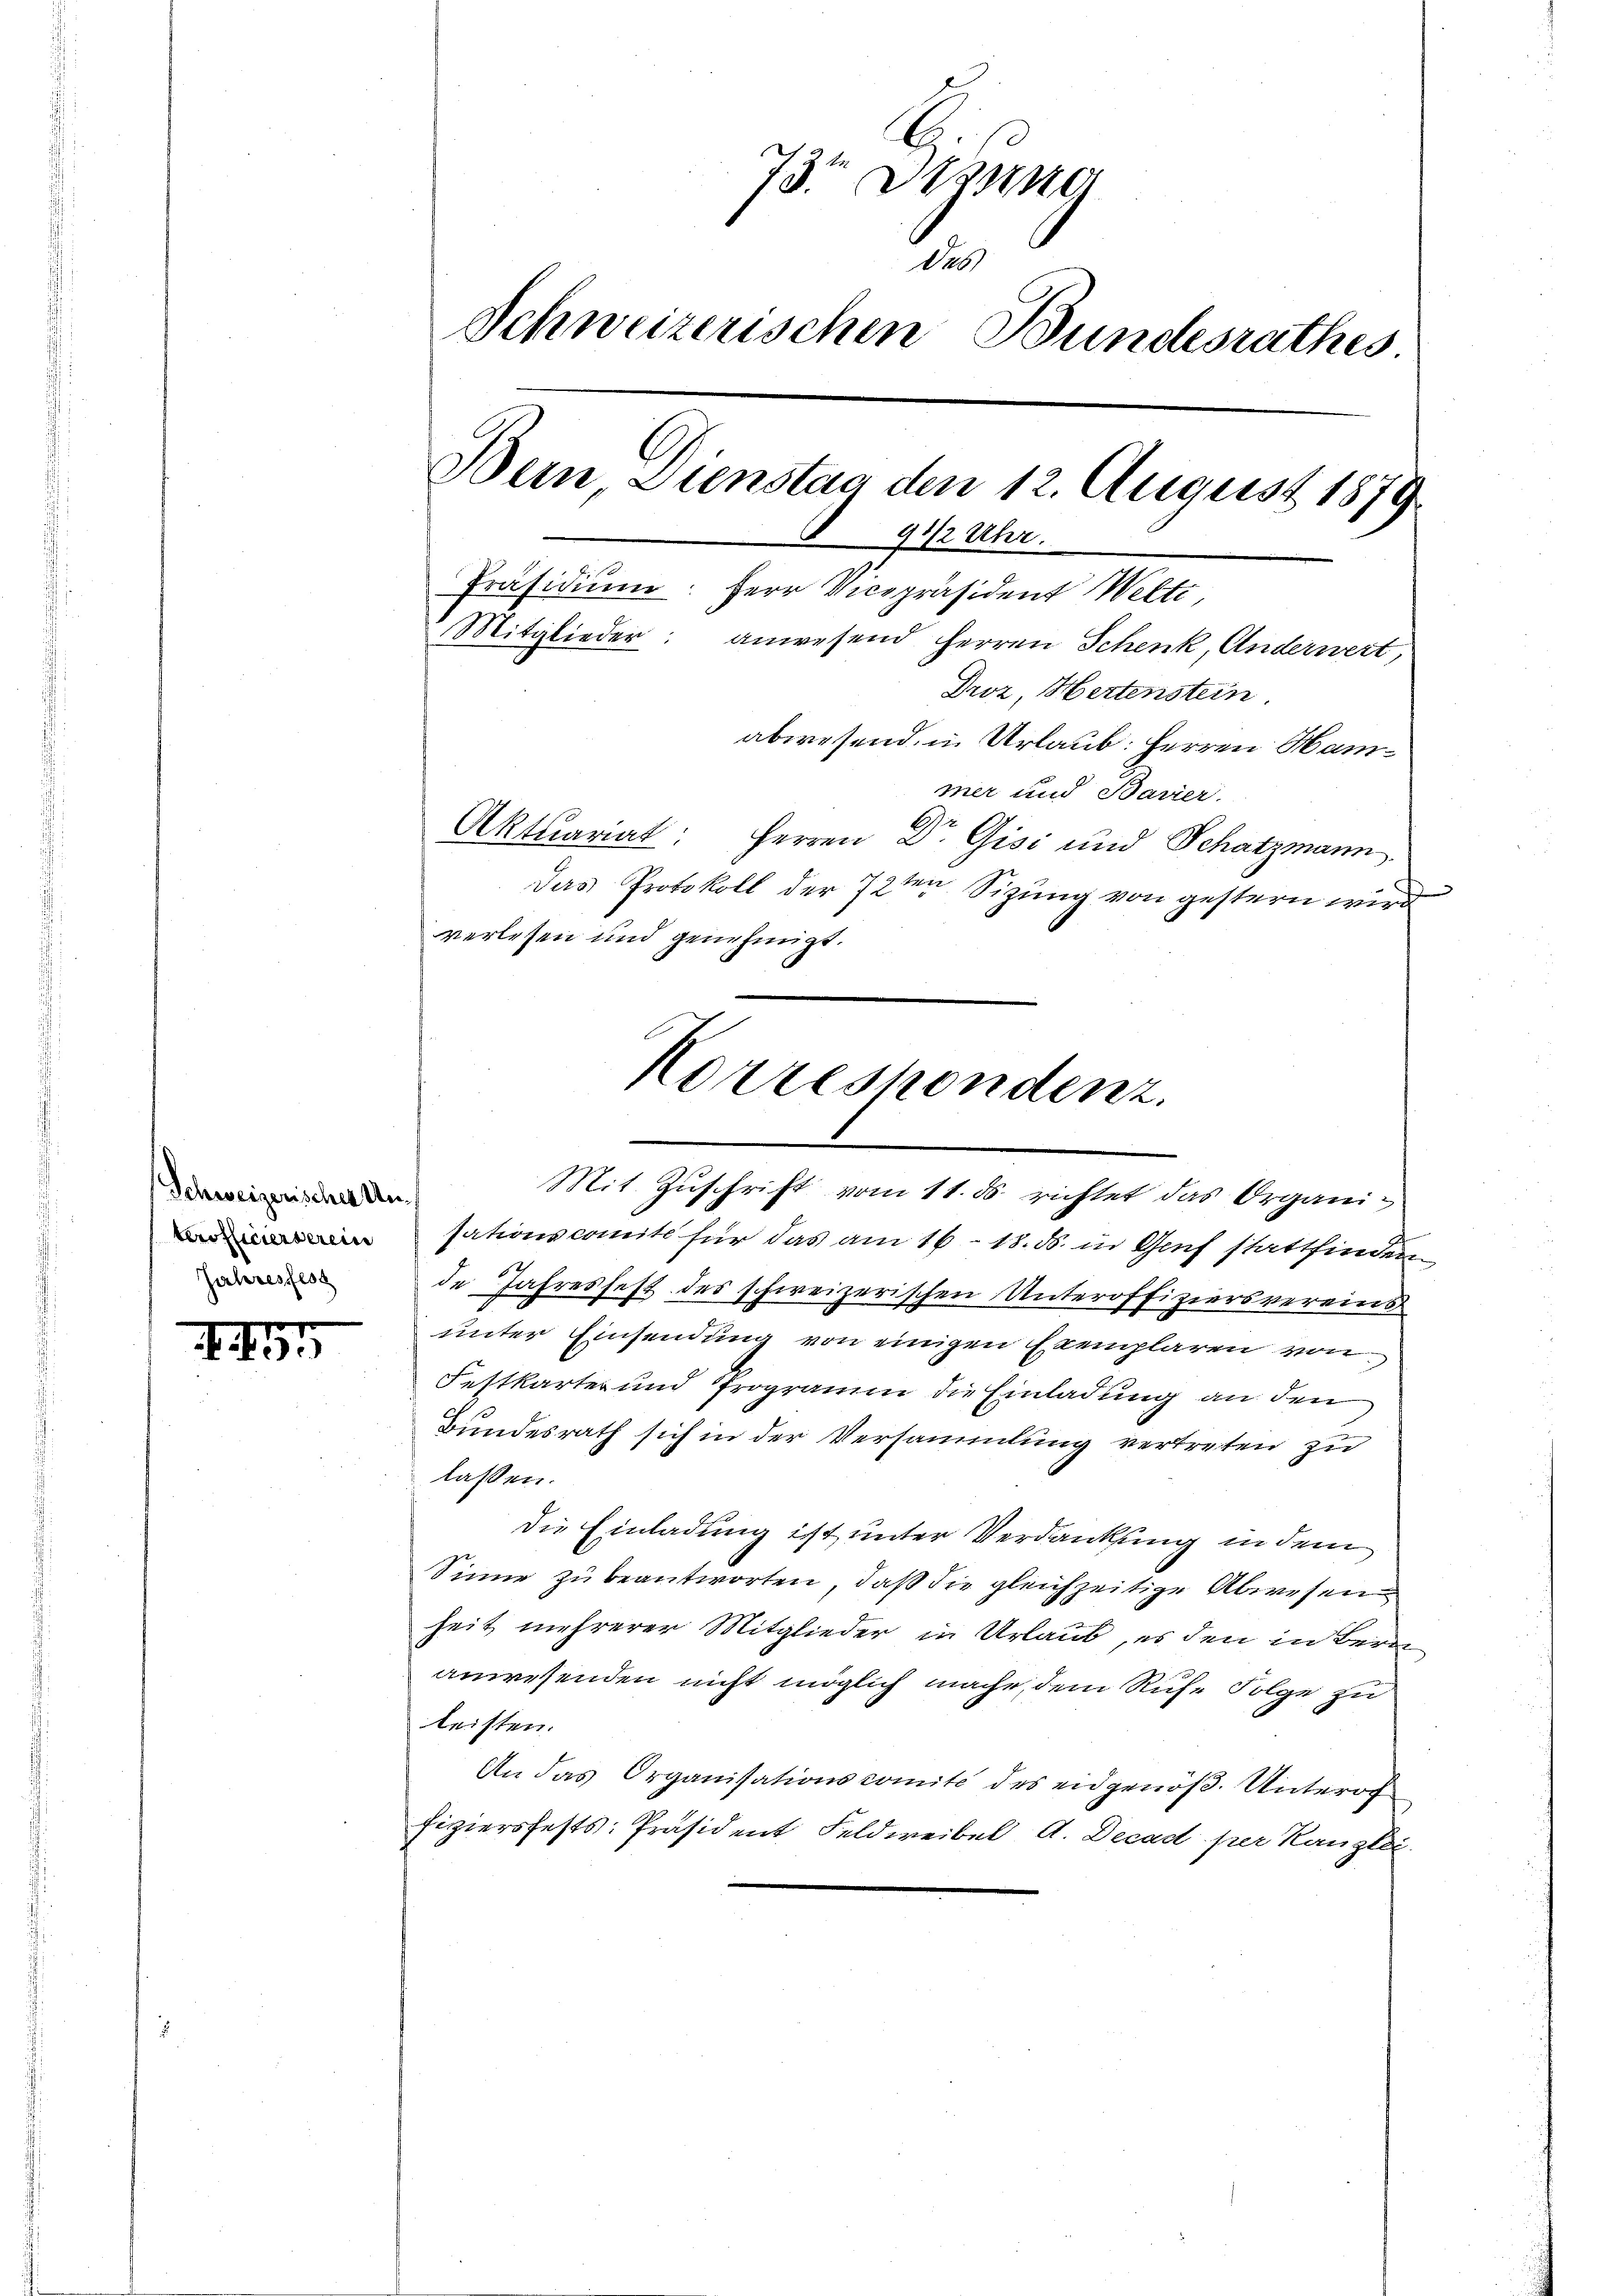
Schweizerischer Un¬
Jahresfest

II

73 Du
Das
Schweizerischen Bundesrathes.
Dein Dienstag den 12. August 1879
9 1/2 Uhr.
Präsidiŭm: Herr Vicepräsident Welti
Mitglieder: anwesend Herren Schenk, Anderwert,
Droz, Hertenstein.
abwesend, in Urlaub: Herren Hammer und Bavier
Aktuariat: Herren Dr. Gisi und Schatzmann
Das Protokoll der 72ten Sizung von gestern wird
verlesen und genehmigt.

sationscomite für das am 16. 18. ds. in Genf stattfinden
de Jahresfest des schweizerischen Unteroffiziersvereins
unter Einsendung von einigen Exemplaren von
Festkarter und Programm die Einladung an den
Bundesrath sich in der Versammlung vertreten zu
lassen.
Die Einladung ist unter Verdankung in dem
Sinne zu beantworten, daß die gleichzeitige Abwesen
heit mehrerer Mitglieder in Urlaub, es den in Bern
anwesenden nicht möglich mache, dem Ruhe Folge zu
leisten.
An das Organisationscomite des eidgenöß. Unterof
fiziersfests-Präsident Feldweibel A. Decad per Kanzlei.

Korrespondenz.
Mit Zŭschrift vom 11. ds. richtet das Organi¬